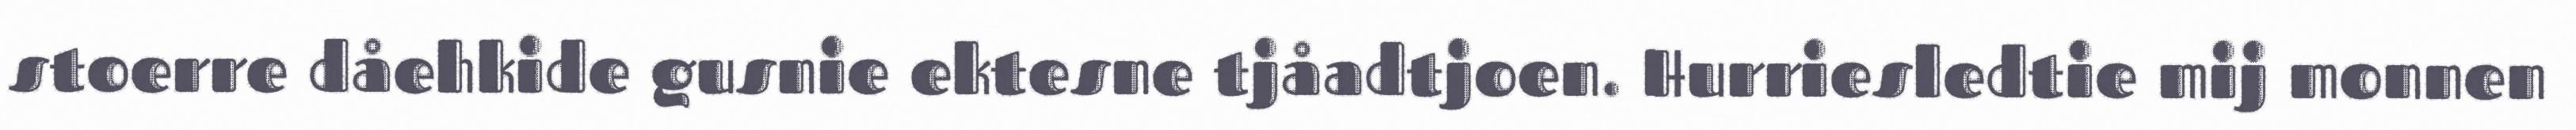
stoerre dåehkide gusnie ektesne tjåadtjoen. Hurriesledtie mij monnen